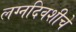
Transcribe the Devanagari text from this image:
लग्नदिवशीचे